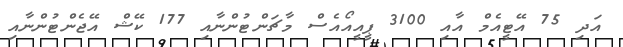
އަދި 75 އޭޓީއެމް އާއި 3100 ޕީއީއޯއެސް މާޗަންޓުންނާއި 177 ކޭޝް އޭޖެންޓުންނާއި